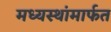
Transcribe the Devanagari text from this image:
मध्यस्थांमार्फत